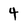
Character: 4